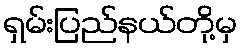
ရှမ်းပြည်နယ်တို့မှ